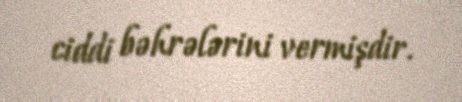
ciddi bəhrələrini vermişdir.